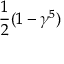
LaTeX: { \frac { 1 } { 2 } } ( 1 - \gamma ^ { 5 } )